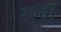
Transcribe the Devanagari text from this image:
२२वी